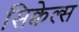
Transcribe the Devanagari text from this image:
सिक्वेल्स